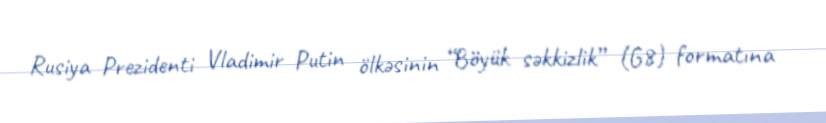
Rusiya Prezidenti Vladimir Putin ölkəsinin “Böyük səkkizlik” (G8) formatına